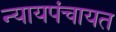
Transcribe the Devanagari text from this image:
न्यायपंचायत